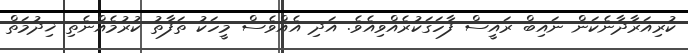
ކުރިއަރާދާނެކަން ނައިބް ރައީސް ފާހަގަކުރެއްވިއެވެ. އަދި އެއްވެސް މީހަކު ތަފާތު ކުރުމެއްނެތި ޚިދުމަތް